Lunatic asylums Punjab 1868-1880 - 1868-1880
Year: 1868
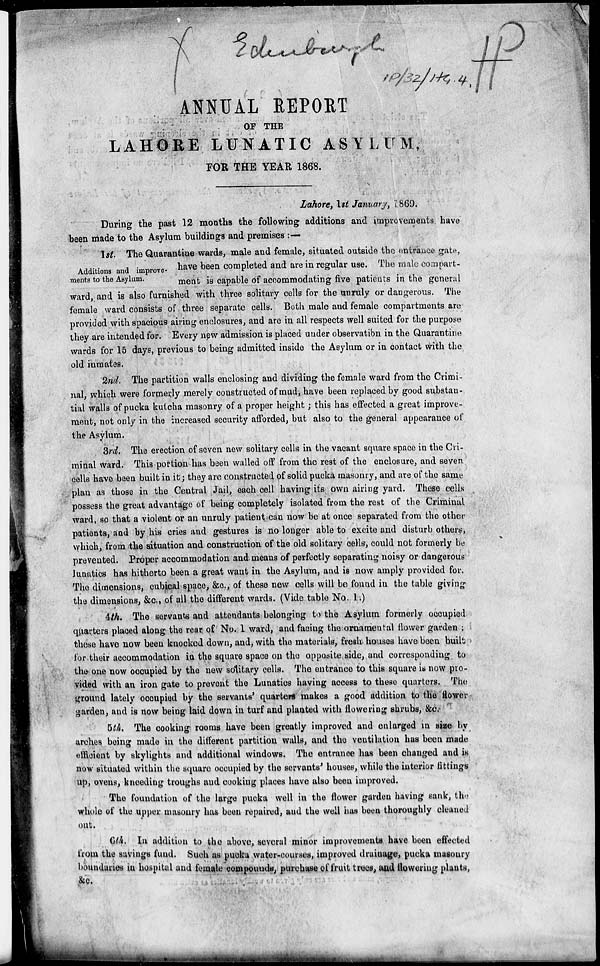
ANNUAL REPORT
OF THE
LAHORE LUNATIC ASYLUM,
FOR THE YEAR 1868.
Lahore, 1st January, 1869.
During the past 12 months the following additions and improvements have
been made to the Asylum buildings and premises :—
Additions and improve-
ments to the Asylum.
1st. The Quarantine wards, male and female, situated outside the entrance gate,
have been completed and are in regular use. The male compart-
ment is capable of accommodating five patients in the general
ward, and is also furnished with three solitary cells for the unruly or dangerous. The
female ward consists of three separate cells. Both male and female compartments are
provided with spacious airing enclosures, and are in all respects well suited for the purpose
they are intended for. Every new admission is placed under observation in the Quarantine
wards for 15 days, previous to being admitted inside the Asylum or in contact with the
old inmates.
2nd. The partition walls enclosing and dividing the female ward from the Crimi-
nal, which were formerly merely constructed of mud, have been replaced by good substan-
tial walls of pucka kutcha masonry of a proper height ; this has effected a great improve-
ment, not only in the increased security afforded, but also to the general appearance of
the Asylum.
3rd. The erection of seven new solitary cells in the vacant square space in the Cri-
minal ward. This portion has been walled off from the rest of the enclosure, and seven
cells have been built in it; they are constructed of solid pucka masonry, and are of the same
plan as those in the Central Jail, each cell having its own airing yard. These cells
possess the great advantage of being completely isolated from the rest of the Criminal
ward, so that a violent or an unruly patient can now be at once separated from the other
patients, and by his cries and gestures is no longer able to excite and disturb others,
which, from the situation and construction of the old solitary cells, could not formerly be
prevented. Proper accommodation and means of perfectly separating noisy or dangerous
lunatics has hitherto been a great want in the Asylum, and is now amply provided for.
The dimensions, cubical space, &c., of these new cells will be found in the table giving
the dimensions, &c., of all the different wards. (Vide table No. 1.)
4th. The servants and attendants belonging to the Asylum formerly occupied
quarters placed along the rear of No. 1 ward, and facing the ornamental flower garden ;
these have now been knocked down, and, with the materials, fresh houses have been built
for their accommodation in the square space on the opposite side, and corresponding to
the one now occupied by the new solitary cells. The entrance to this square is now pro-
vided with an iron gate to prevent the Lunatics having access to these quarters. The
ground lately occupied by the servants' quarters makes a good addition to the flower
garden, and is now being laid down in turf and planted with flowering shrubs, &c.
5th. The cooking rooms have been greatly improved and enlarged in size by
arches being made in the different partition walls, and the ventilation has been made
efficient by skylights and additional windows. The entrance has been changed and is
now situated within the square occupied by the servants' houses, while the interior fittings
up, ovens, kneeding troughs and cooking places have also been improved.
The foundation of the large pucka well in the flower garden having sank, the
whole of the upper masonry has been repaired, and the well has been thoroughly cleaned
out.
6th. In addition to the above, several minor improvements have been effected
from the savings fund. Such as pucka water-courses, improved drainage, pucka masonry
boundaries in hospital and female compounds, purchase of fruit trees, and flowering plants,
&c.